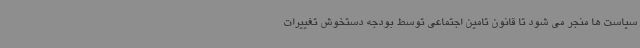
سیاست ها منجر می شود تا قانون تامین اجتماعی توسط بودجه دستخوش تغییرات